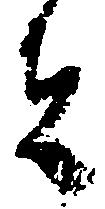
者